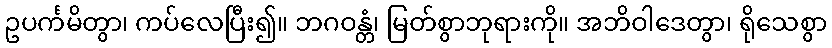
ဥပင်္ကမိတွာ၊ ကပ်လေပြီး၍။ ဘဂဝန္တံ၊ မြတ်စွာဘုရားကို။ အဘိဝါဒေတွာ၊ ရိုသေစွာ